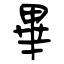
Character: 畢